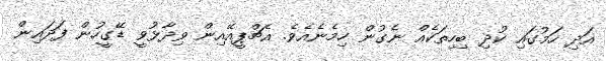
އަދި ހަމުގައި ކުދި ބިހިތަކެއް ނެގުން ހިމެނެއެވެ. އެޗްޕީއޭއިން ވިދާޅުވީ ޑޭގީހުން ފަދައިން